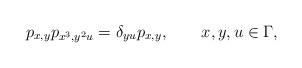
LaTeX: \begin{align*}p_{x,y}p_{x^3,y^2u}=\delta_{yu}p_{x,y},\qquad{x},y,u \in \Gamma,\end{align*}